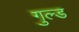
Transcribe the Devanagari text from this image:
गुल्ड